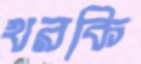
খরকি